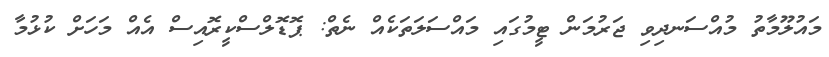
މައުލޫމާތު މުއްސަނދިވި ޖަރުމަން ޓީމުގައި މައްސަލަތަކެއް ނެތް: ޕޮޑޮލްސްކީރޮއިސް އެއް މަހަށް ކުޅުމާ